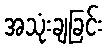
အသုံးချခြင်း